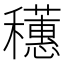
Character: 𬔄